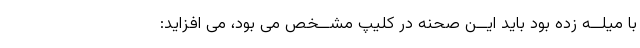
با میلــه زده بود باید ایــن صحنه در کلیپ مشــخص مى بود، مى افزاید: